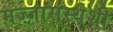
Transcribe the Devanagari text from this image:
मज्जासंस्थेशी